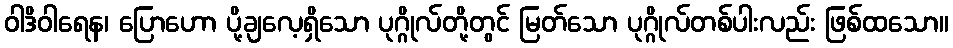
ဝါဒိဝါရေန၊ ပြောဟော ပို့ချလေ့ရှိသော ပုဂ္ဂိုလ်တို့တွင် မြတ်သော ပုဂ္ဂိုလ်တစ်ပါးလည်း ဖြစ်ထသော။